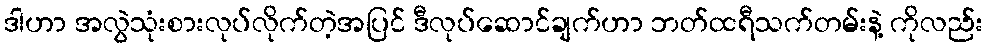
ဒါဟာ အလွဲသုံးစားလုပ်လိုက်တဲ့အပြင် ဒီလုပ်ဆောင်ချက်ဟာ ဘတ်ထရီသက်တမ်းနဲ့ ကိုလည်း